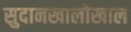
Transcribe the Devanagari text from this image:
सुदानखालोखाल